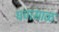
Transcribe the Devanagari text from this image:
घणसाळ